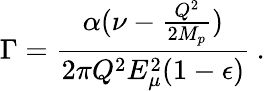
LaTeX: \Gamma=\frac{\alpha(\nu-\frac{Q^{2}}{2M_{p}})}{2\pi Q^{2}E_{\mu}^{2}(1-\epsilon)}\: .